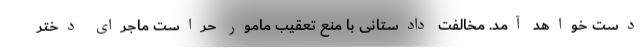
دست خواهد آمد. مخالفت دادستانی با منع تعقیب مامور حراست ماجرای دختر